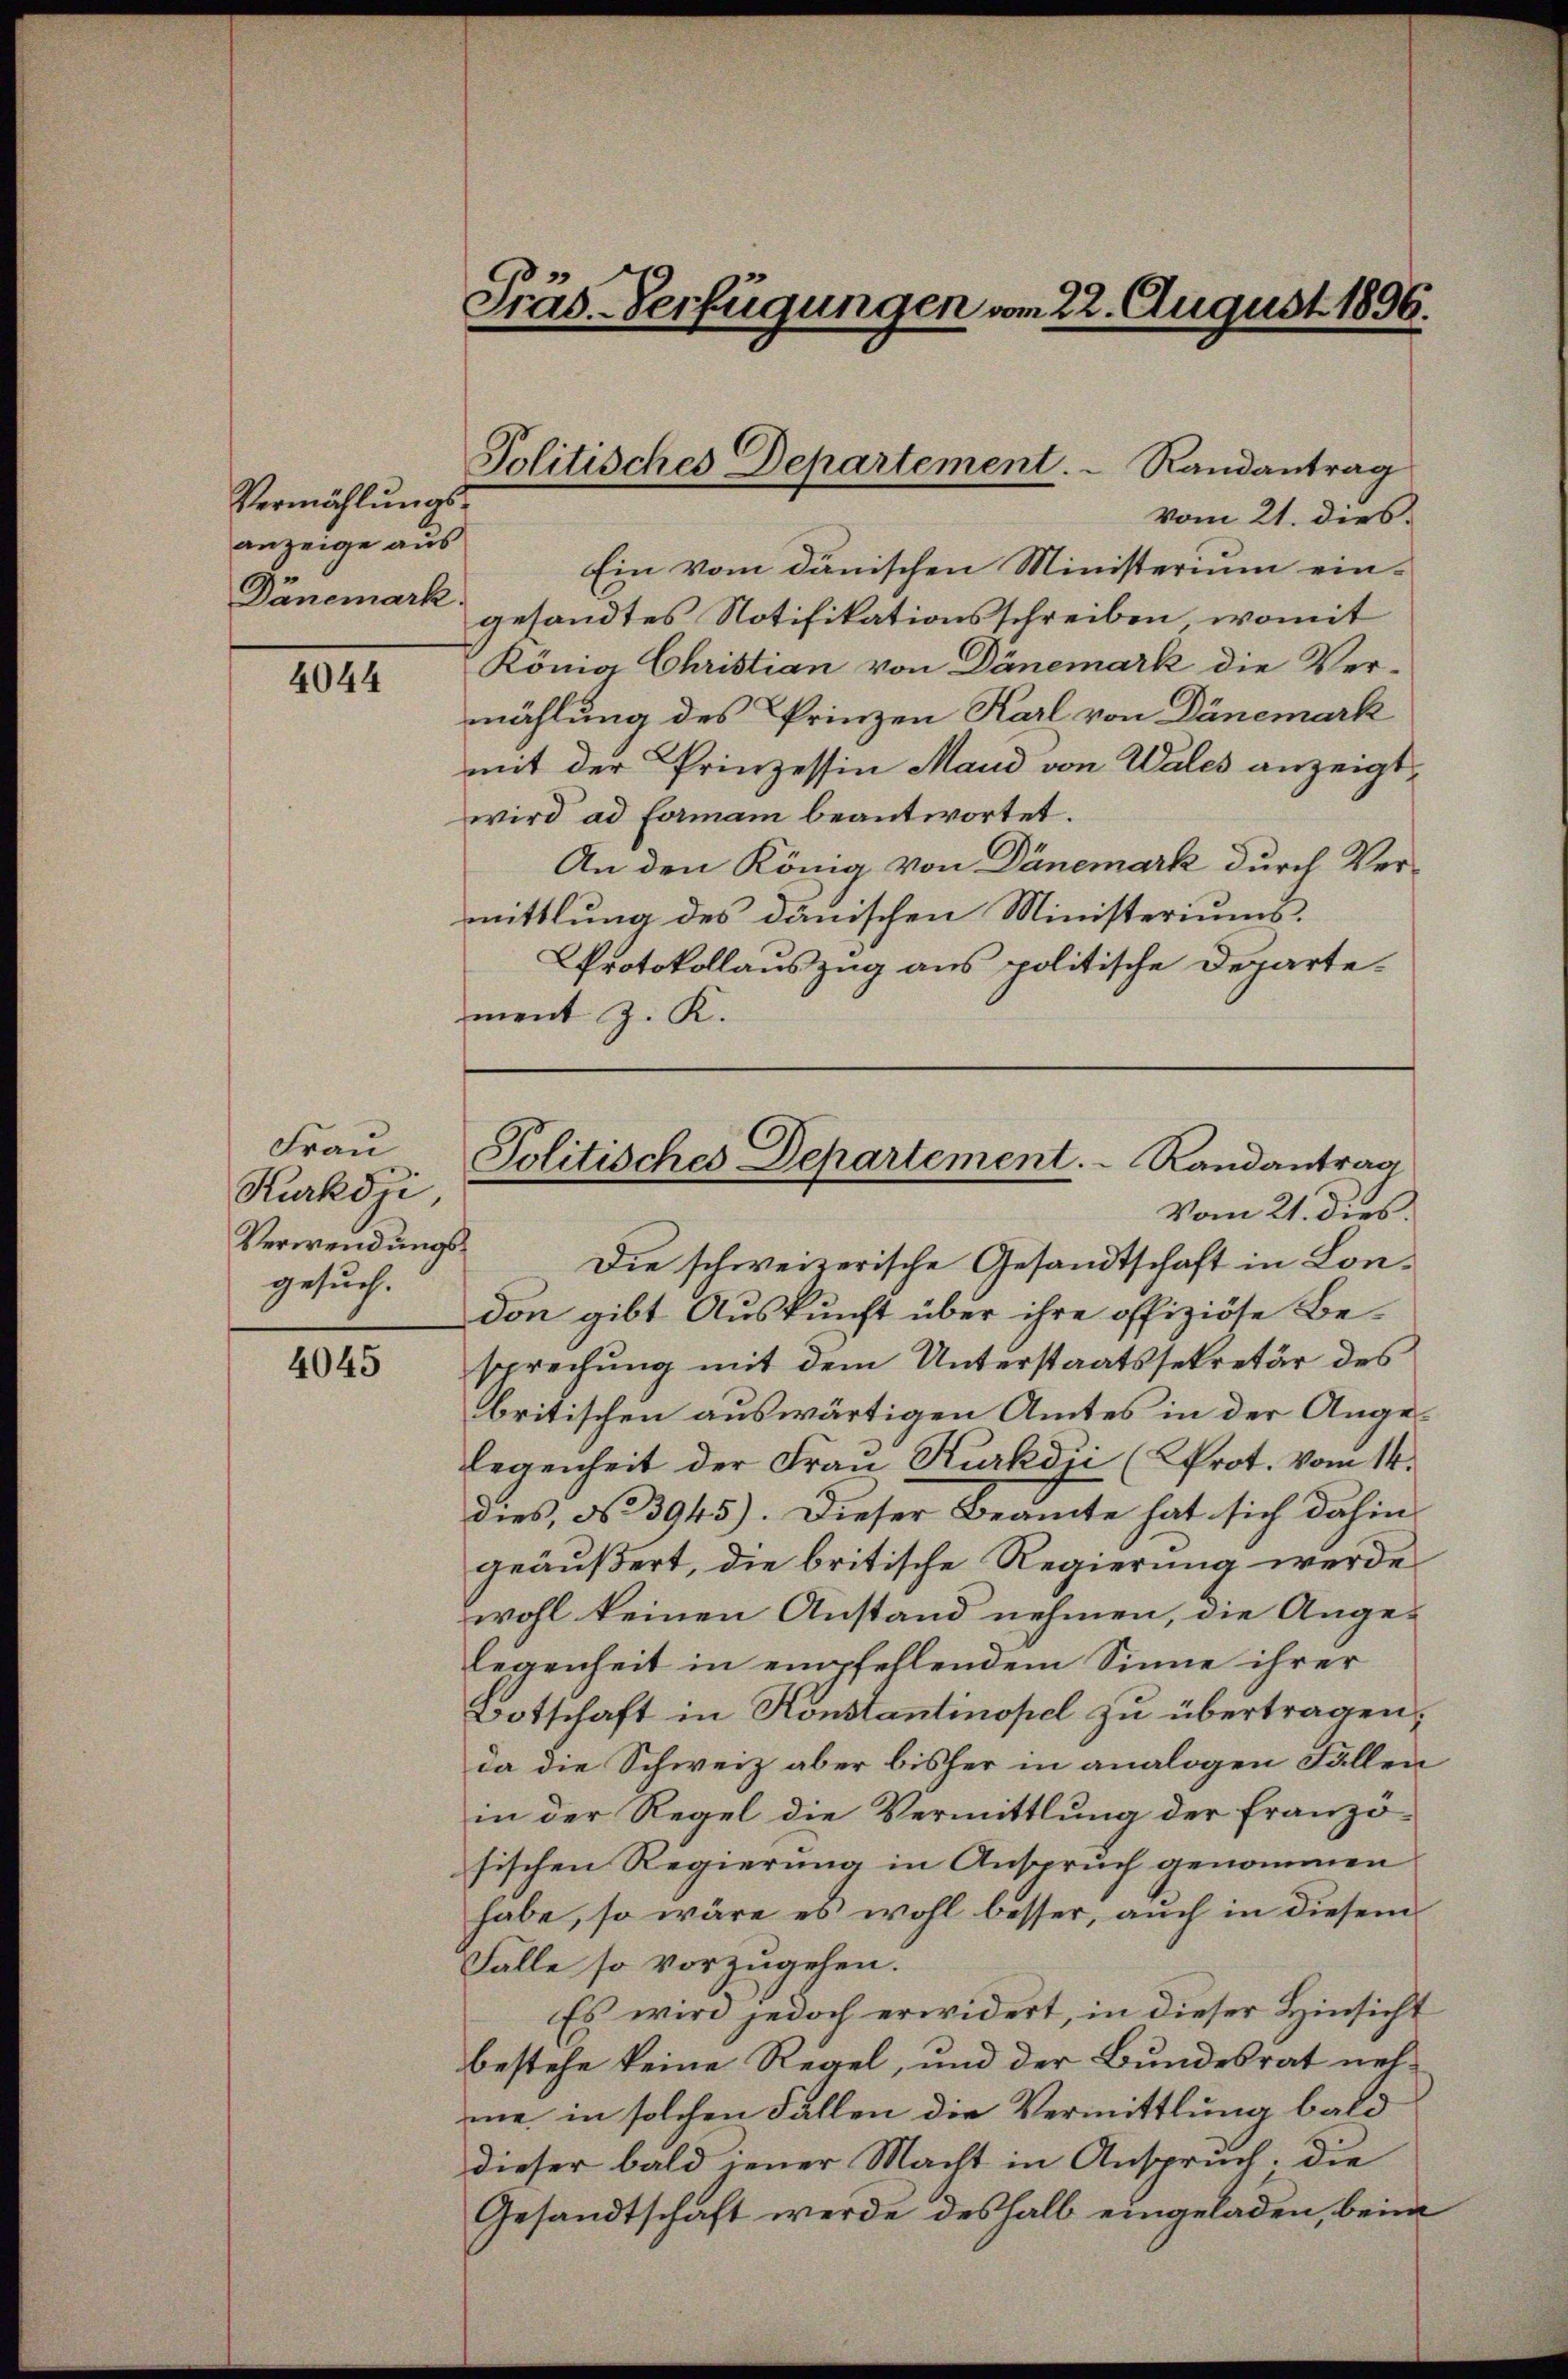
Vermählungs-
anzeige aus
Dänemark

4044

Frau
Kurkszi,
Verwendungsgesuch.

4045

Präs. Verfügungen vom 22. August 1896.

Politisches Departement.   Randantrag

vom 21. dies
Ein vom dänischen Ministerium ein-
gesandtes Notifikationsschreiben, womit
König Christian von Dänemark die Ver-
mählung des Prinzen Karl von Dänemark
mit der Prinzessin Mand von Wales anzeigt,
wird ad formani beantwortet.
An den König von Dänemark durch Vermittlung des dänischen Ministeriums.
Protokollauszug aus politische Departe-
ment z. K.
Die schweizerische Gesandtschaft in London gibt Auskunft über ihre offiziöse Be-
sprechung mit dem Unterstaatssekretär des
britischen auswärtigen Amtes in der Angelegenheit der Frau Kurkdji (Prot. Vom 14.
dies, No 3945). Dieser Beamte hat sich dahin,
geäußert, die britische Regierung werde
wohl keinen Anstand nehmen, die Ange-
legenheit in empfehlendem Sinne ihrer
Botschaft in Konstantinopel zu übertragen.
da die Schweiz aber bisher in analogen Fällen
in der Regel die Vermittlung der Französischen Regierung in Anspruch genommen
habe, so wäre es wohl besser, auch in diesem
Fälle so vorzugehen.
Es wird jedoch erwidert, in dieser Hinsicht
bestehe keine Regel, und der Bundesrat nehne in solchen Fallen die Vermittlung bald
dieser bald neuer Macht in Anspruch. Die
Gesandtschaft werde deshalb eingeladen, beim

Politisches Departement.  Randantrag
Vom 21. dies